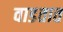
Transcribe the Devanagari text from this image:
वाडतात